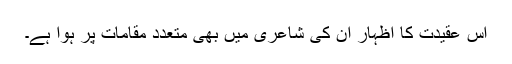
اس عقیدت کا اظہار ان کی شاعری میں بھی متعدد مقامات پر ہوا ہے۔